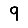
Digit: 9